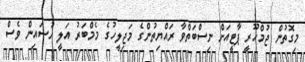
މިގޮތުން ޖުމްހޫރީ ޕާޓީއަށް ނިސްބަތްވާ ރައްޔިތުންގެ މަޖިލީހުގެ މެމްބަރު އަލީ ހުސައިން ވެސް